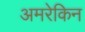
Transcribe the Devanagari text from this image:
अमरेकिन